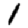
Digit: 1